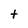
Character: t